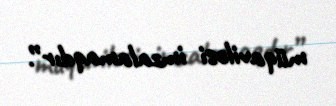
müqaviləsi imzalamaqdır”.